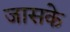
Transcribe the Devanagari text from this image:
जासके